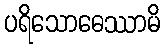
ပရိသောဓေဿာမိ